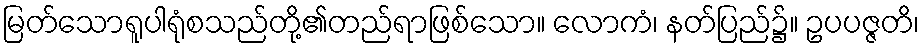
မြတ်သောရူပါရုံစသည်တို့၏တည်ရာဖြစ်သော။ လောကံ၊ နတ်ပြည်၌။ ဥပပဇ္ဇတိ၊